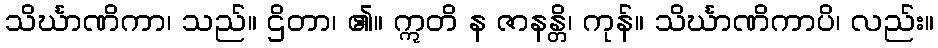
သိင်္ဃာဏိကာ၊ သည်။ ဌိတာ၊ ၏။ ဣတိ န ဇာနန္တိ၊ ကုန်။ သိင်္ဃာဏိကာပိ၊ လည်း။